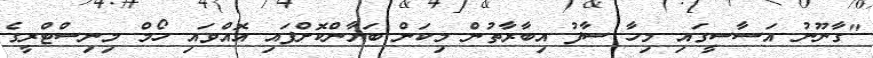
"ގާނޫނު އަސާސީގައި މިހާ ސާފު އިބާރާތުން މިކަން ބަޔާންކޮށްފައި އޮއްވައި ހޯމް މިނިސްޓްރީގެ